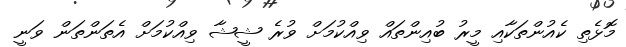
މޮޅެތި ކެއުންތަކާއި މީރު ބުއިންތައް ވިއްކުމަށް ވުރެ ޝީޝާ ވިއްކުމަށް އެތަންތަން ވަނީ